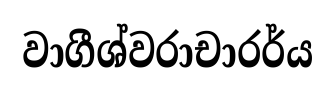
වාගීශ්වරාචාරර්ය